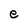
Character: e